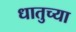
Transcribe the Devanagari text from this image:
धातुच्या